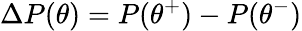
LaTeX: \Delta P(\theta)=P(\theta^{+})-P(\theta^{-})